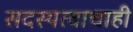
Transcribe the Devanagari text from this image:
सदस्यत्वाचाही